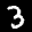
Digit: 3